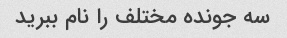
سه جونده مختلف را نام ببرید